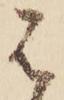
は